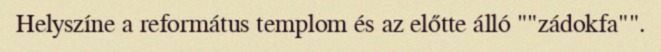
Helyszíne a református templom és az előtte álló ""zádokfa"".